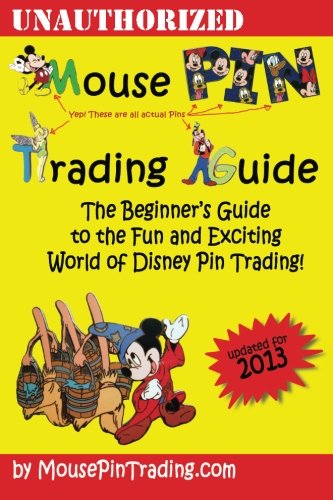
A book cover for Mouse Pin Trading Guide: 2013 B&W Edition: The Beginner's Guide to the Fun and Exciting World of DIsney Pin Trading!; Mr. Mark Shilensky; Crafts, Hobbies & Home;